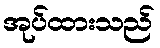
အုပ်ထားသည်